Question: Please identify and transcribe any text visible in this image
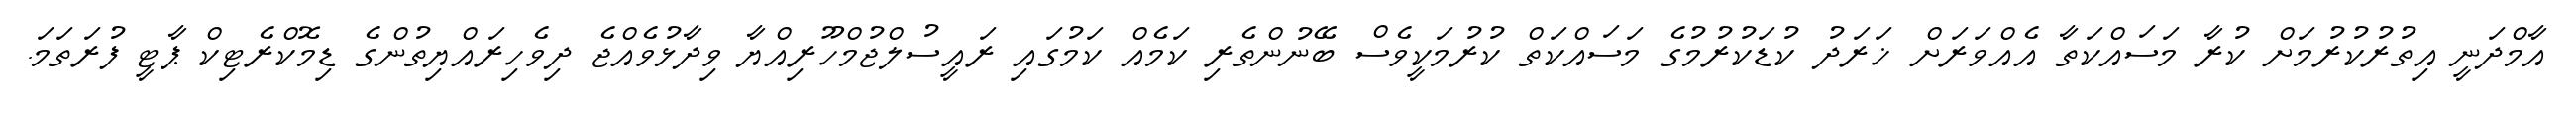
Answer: އާމްދަނީ އިތުރުކުރުމަށް ކުރާ މަސައްކަތާ އެއްވަރަށް ޚަރަދު ކުޑަކުރުމުގެ މަސައްކަތް ކުރުމަކީވެސް ބޭނުންތެރި ކަމެއް ކަމުގައި ރައީސުލްޖުމްހޫރިއްޔާ ވިދާޅުވެއްޖެ ދިވެހިރައްޔިތުންގެ ޑިމޮކްރެޓިކް ޕާޓީ ފުރަތަމަ.